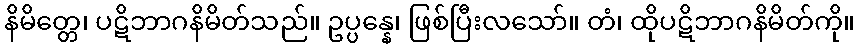
နိမိတ္တေ၊ ပဋိဘာဂနိမိတ်သည်။ ဥပ္ပန္နေ၊ ဖြစ်ပြီးလသော်။ တံ၊ ထိုပဋိဘာဂနိမိတ်ကို။